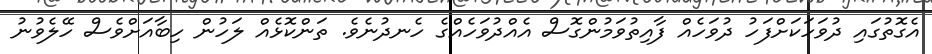
އެގޮތުގައި ދުވަހަކަށްފަހު ދުވަހެއް ފާއިތުވަމުންގޮސް އެއްދުވަހެއްގެ ހެނދުނެވެ. ތަންކޮޅެއް ލަހުން ހިބާއަށްވެސް ހޭލެވުނު